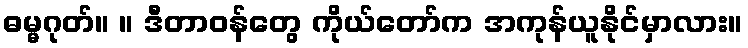
ဓမ္မဂုတ်။ ။ ဒီတာဝန်တွေ ကိုယ်တော်က အကုန်ယူနိုင်မှာလား။